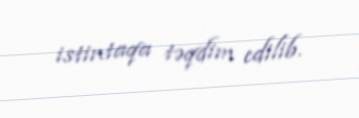
istintaqa təqdim edilib.